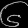
Digit: ၆